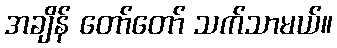
အချိန် တော်တော် သက်သာမယ်။